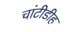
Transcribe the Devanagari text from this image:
चांटीडीह